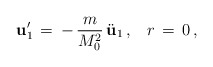
\begin{align*}{\bf u}_1 '\,=\,-\,\frac{m}{M_0^2}\,\ddot{\bf u}_{1}\,{,}\quad r\,=\,0\,{,}\end{align*}